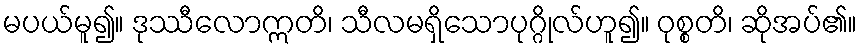
မပယ်မူ၍။ ဒုဿီလောဣတိ၊ သီလမရှိသောပုဂ္ဂိုလ်ဟူ၍။ ဝုစ္စတိ၊ ဆိုအပ်၏။